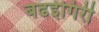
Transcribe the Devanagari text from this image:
बढईगिरी